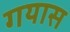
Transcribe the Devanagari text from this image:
गयास